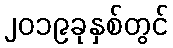
၂၀၁၉ခုနှစ်တွင်